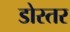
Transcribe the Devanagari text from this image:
डोस्तर